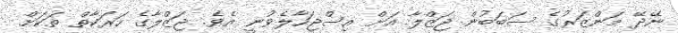
ނޭދޭ މަންޒަރުގެ ސަބަބުން ޖަޒްލާ އަށް އިސްޖަހާލެވުނީ އެވެ. ޖަޒްލާގެ ހަރަކާތް ތަކަށް